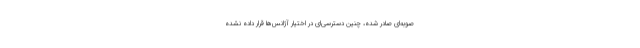
صوبه‌ای صادر شده، چنین دسترسی‌ای در اختیار آژانس‌ها قرار داده نشده